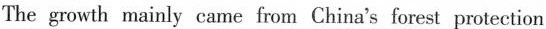
The growth mainly came from China's forest protection